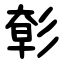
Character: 㣏